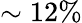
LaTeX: \sim 12\%